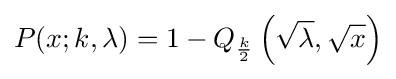
P(x;k,\lambda )=1-Q_{\frac {k}{2}}\left({\sqrt {\lambda }},{\sqrt {x}}\right)